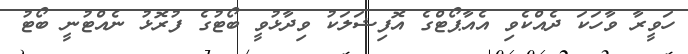
ހަވީރާ ވާހަކަ ދެއްކެވި އެއާޕޯޓްގެ އޮފިޝަލަކު ވިދާޅުވީ ބޯޓުގެ ފުރޮޅު ނެއްޓުނީ ބޯޓު